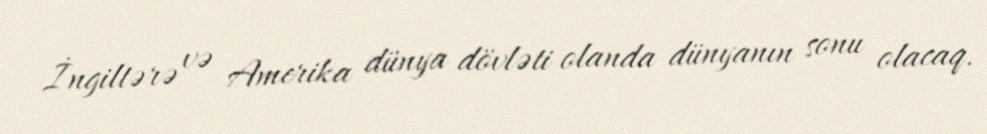
İngiltərə və Amerika dünya dövləti olanda dünyanın sonu olacaq.